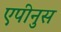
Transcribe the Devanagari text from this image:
एपीनुस